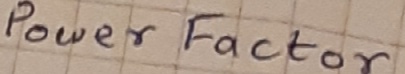
Text: Power  Factor